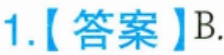
1.【答案】B.